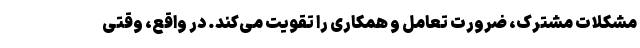
مشکلات مشترک، ضرورت تعامل و همکاری را تقویت می‌کند. در واقع، وقتی